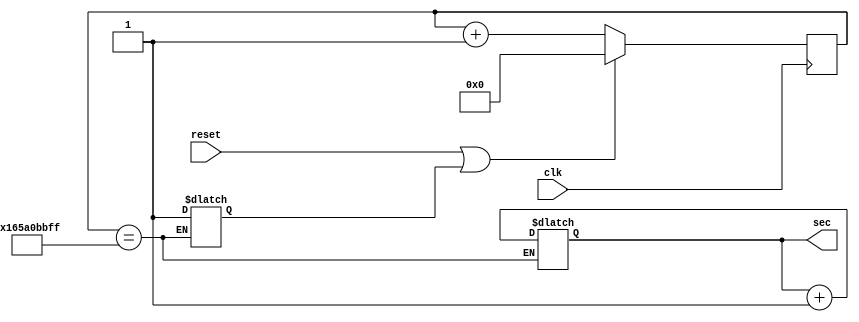
`timescale 1ms/100us
module secondCounter(clk,reset,sec);
input clk;
input reset;
output reg [5:0]sec;
reg [32:0] count;
reg clr_count;
always@(posedge clk) begin
if(reset || clr_count) 	count <= #1 0;
else count <= #1 count+1;
end
always@* 
if (count == 33'd5_999_999_999) begin
clr_count <= 1'b1;
sec <= sec+5'b1;
end
endmodule